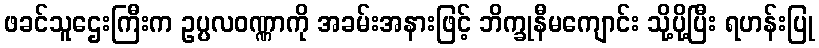
ဖခင်သူဌေးကြီးက ဥပ္ပလဝဏ္ဏာကို အခမ်းအနားဖြင့် ဘိက္ခုနီမကျောင်း သို့ပို့ပြီး ရဟန်းပြု